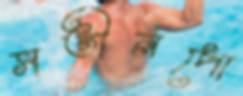
সতীনপো